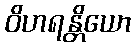
ဝိဟရန္တိယော